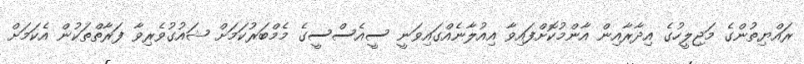
ރައްޔިތުންގެ މަޖިލީހުގެ އިދާރާއިން އާންމުކޮށްފައިވާ އިއުލާނެއްގައިވަނީ ސީއެސްސީގެ މެމްބަރުކަމަށް ޝައުގުވެރިވާ ފަރާތްތަކުން އެކަމަށް